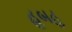
હૂબહૂ